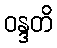
ဝန္ဒတိ